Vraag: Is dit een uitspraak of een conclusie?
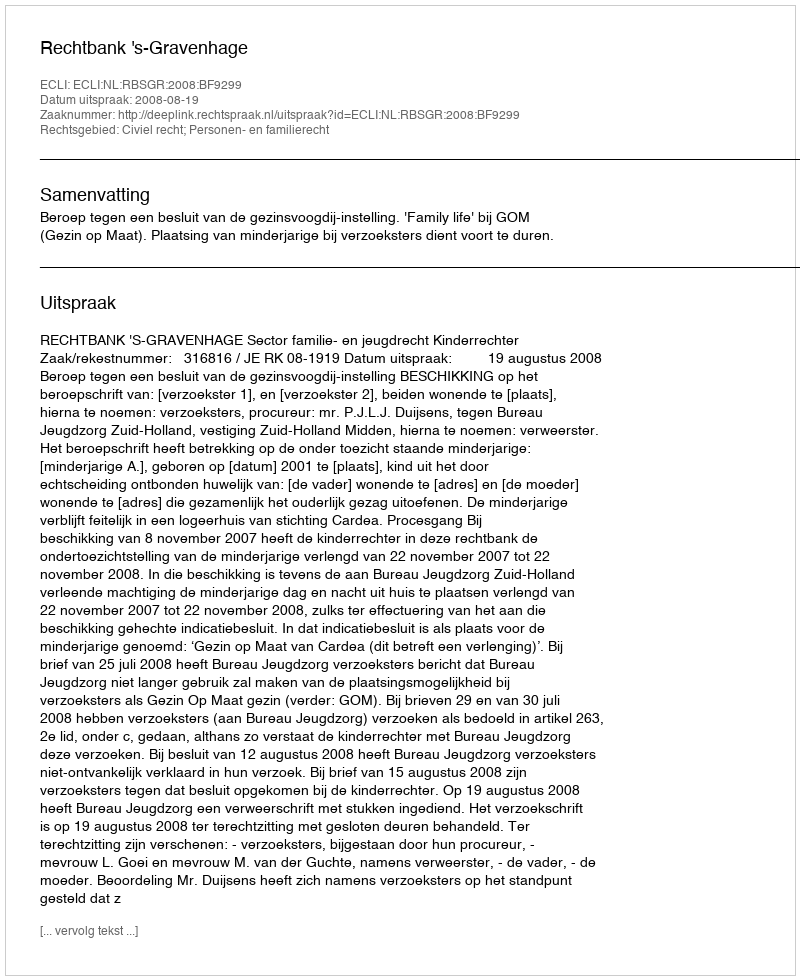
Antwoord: Uitspraak